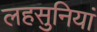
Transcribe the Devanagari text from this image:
लहसुनियां